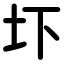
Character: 圷